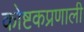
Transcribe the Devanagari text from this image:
कोष्टकप्रणाली